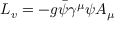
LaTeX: L _ { v } = - g { \bar { \psi } } \gamma ^ { \mu } \psi A _ { \mu }